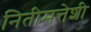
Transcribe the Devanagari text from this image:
नितीमत्तेशी